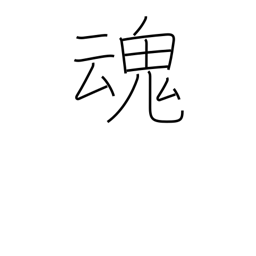
Meaning: soul